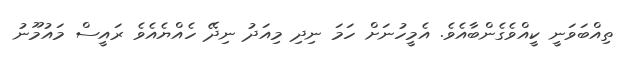
ތިއްބަވަނީ ކީއްވެގެންބާއެވެ. އެމީހުނަށް ހަމަ ނިދި މިއަދު ނިދޭ ހެއްޔެއެވެ ރައީސް މައުމޫނު